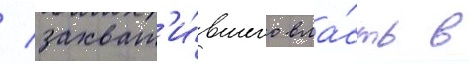
/ захват'и́вшего вла́сть в